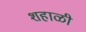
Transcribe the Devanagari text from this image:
शहाळी